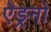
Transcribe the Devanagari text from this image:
ऐड्रनो